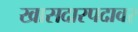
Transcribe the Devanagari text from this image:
खासदारपदावर